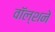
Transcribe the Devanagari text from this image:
वॉल्शने